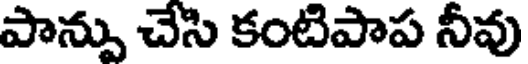
పాన్పు చేసి కంటిపాప నీవు